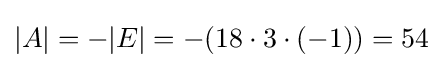
|A|=-|E|=-(18\cdot 3\cdot (-1))=54